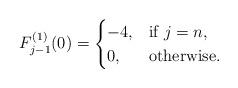
LaTeX: \begin{align*}F_{j-1}^{(1)}(0)=\begin{cases}-4,& \mbox{if}\ j=n,\\0, & \mbox{otherwise}.\end{cases}\end{align*}